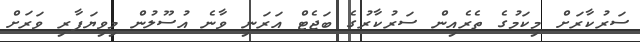
ސަރުކާރަށް މިކަމުގެ ތެރެއިން ސަރުކާރުގެ ބަޖެޓް އަރަނި ވާނެ އުސޫލުން މިވިޔަފާރި ވަރަށް